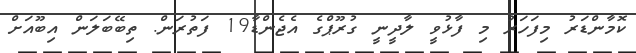
ކޮމާންޑަރު މިފަހަރު މި ފާޅުވީ ލާދީނީ ގުރޫޕްގެ އެޖެންޑާ19 ފަތުރަން. ތިބޭބަލަން އިބޫއަށް